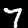
Label: 7